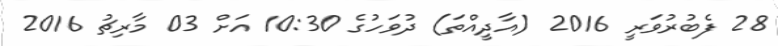
28 ފެބުރުވަރީ 2016 (އާދީއްތަ) ދުވަހުގެ 10:30 އަށް 03 މާރިޗު 2016